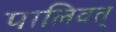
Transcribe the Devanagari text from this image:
पालिवत्‌